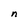
Character: n